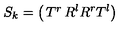
S _ { k } = \left( \begin{matrix} { T ^ { r } } & { R ^ { l } } \\ { R ^ { r } } & { T ^ { l } } \\ \end{matrix} \right)